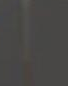
|